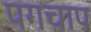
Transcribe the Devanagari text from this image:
पगचाप